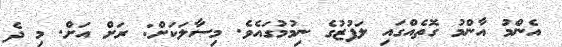
އެންމު އާންމު ގޮތެއްގައި ލަފުޒުގެ ނިމުމުގައެވެ. މިސާލަކަށް: ރަށް އަށް. މި ދެ